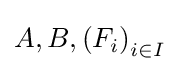
A,B,\left(F_{i}\right)_{i\in I}